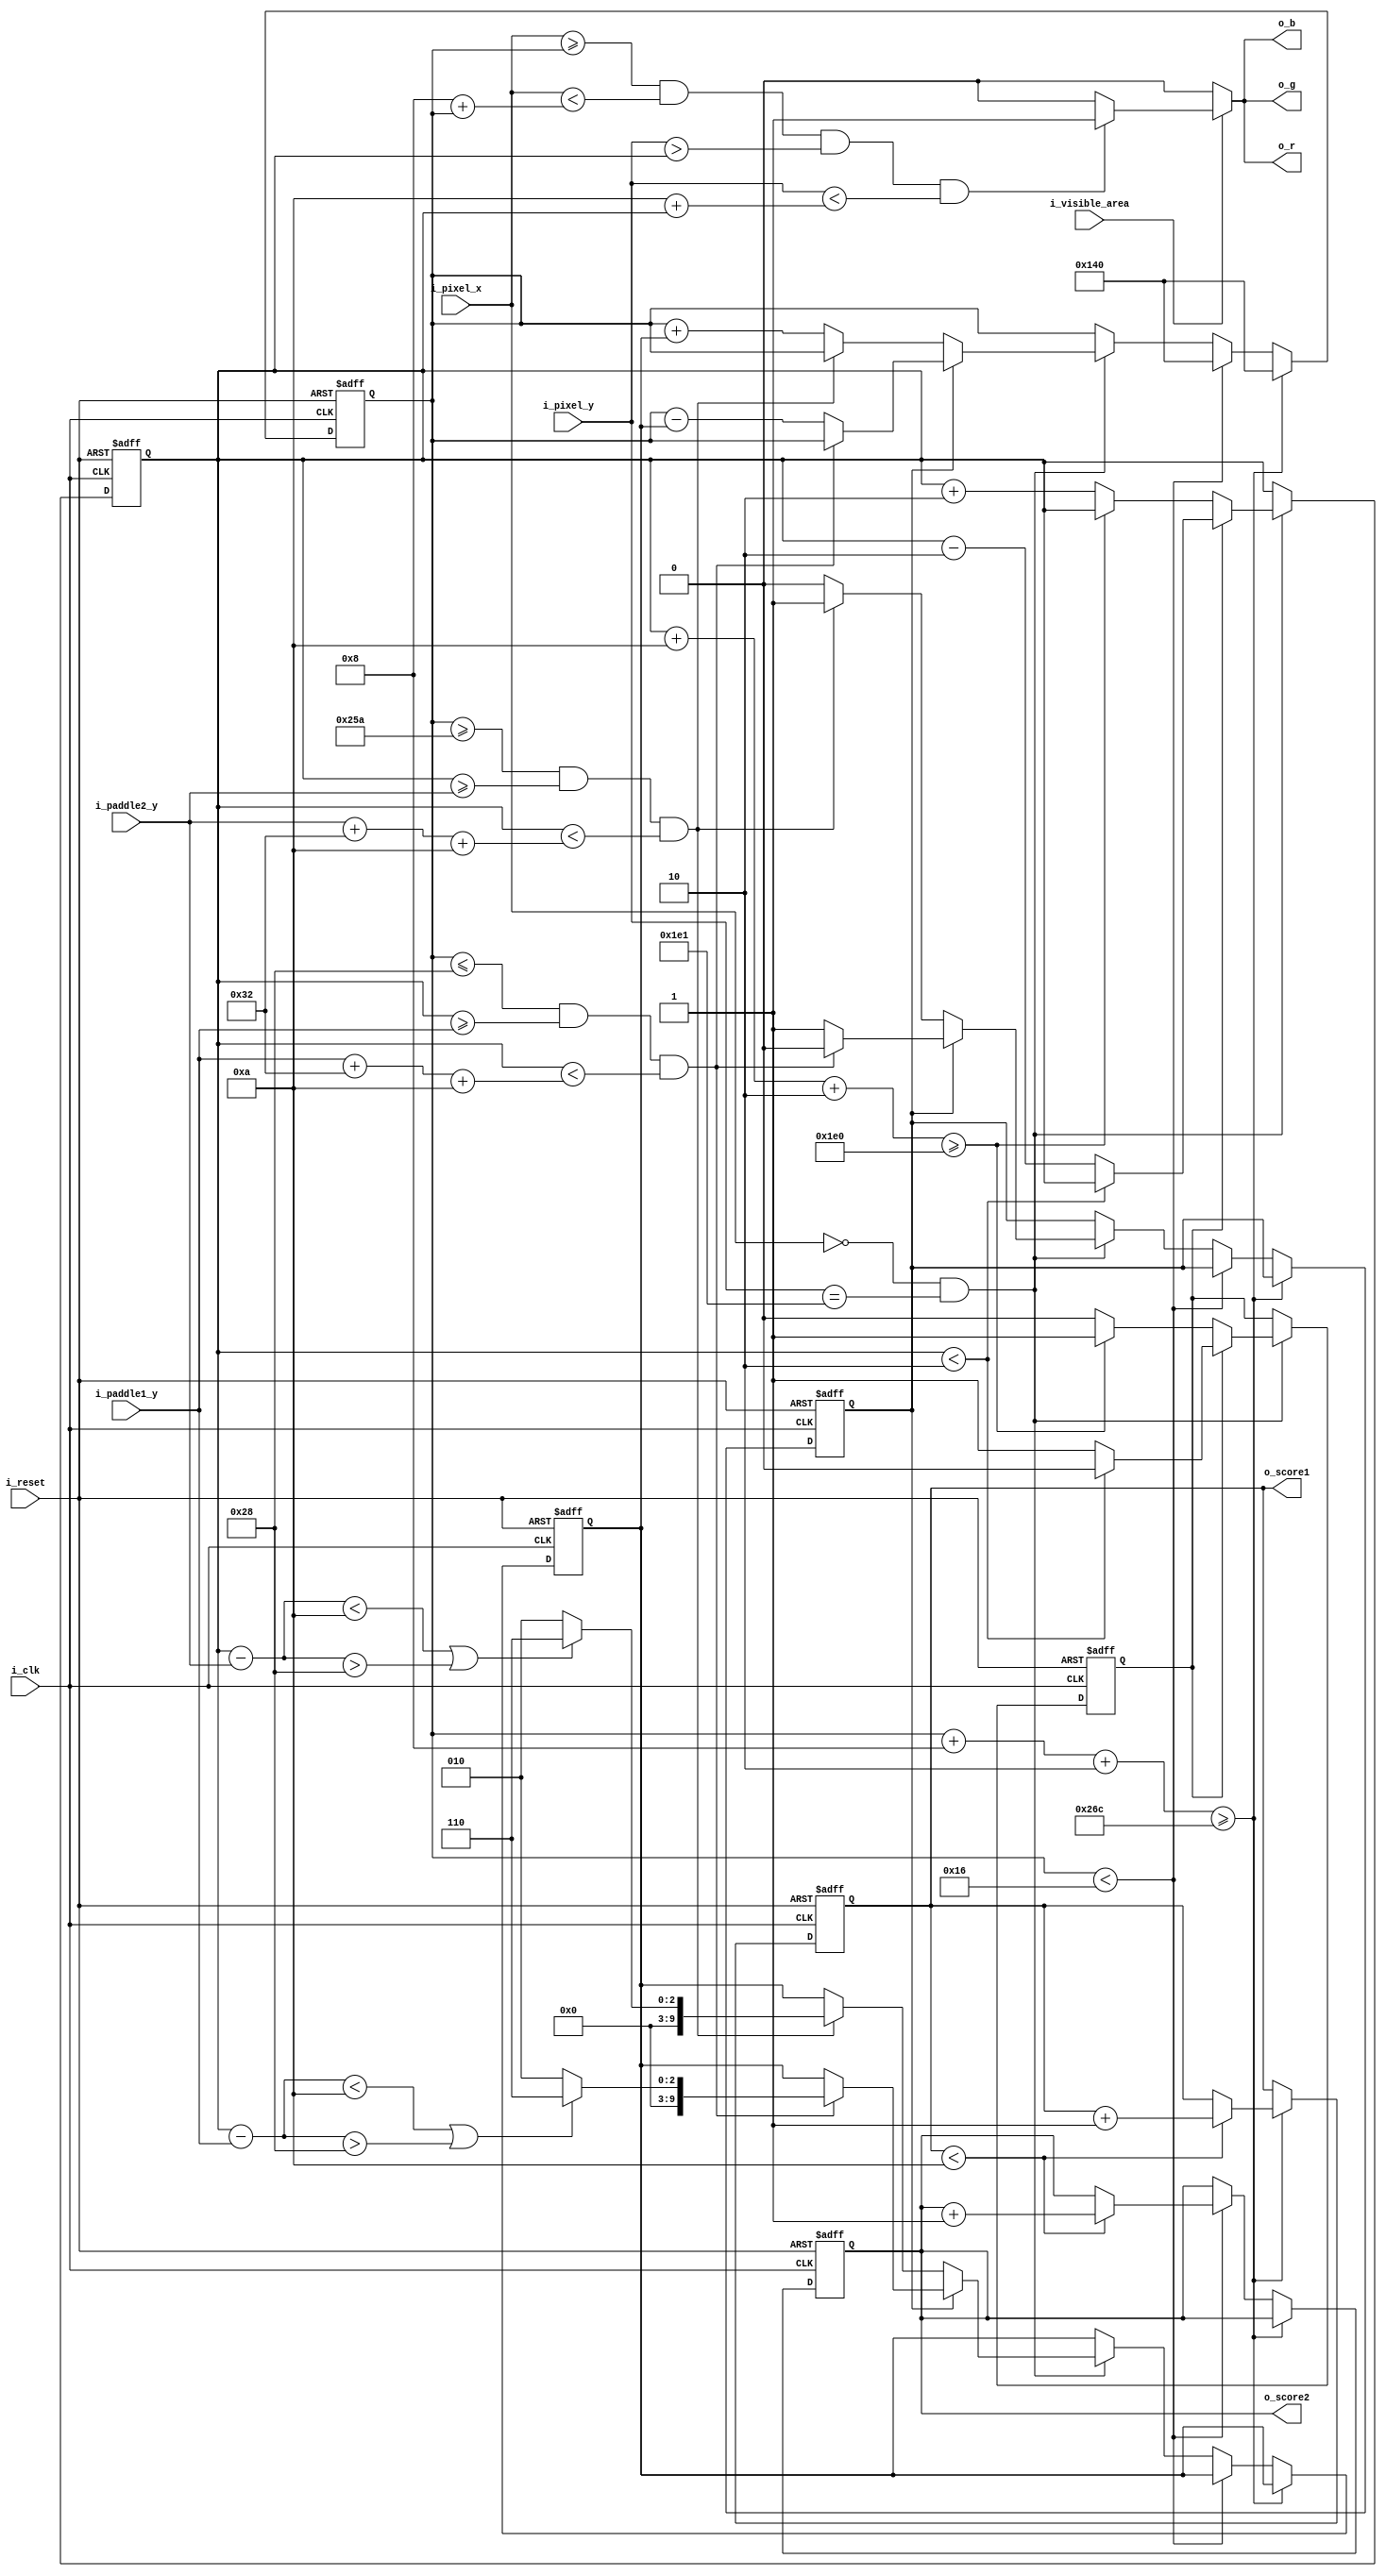
module Ball #(parameter paddle_margin = 30,
              parameter paddle_width = 10,
              parameter paddle_height = 50,
              parameter screen_width = 640,
              parameter screen_height = 480)
(input i_clk,
 input [9:0] i_pixel_x,
 input [9:0] i_pixel_y,
 input i_visible_area,
 input [9:0] i_paddle1_y,
 input [9:0] i_paddle2_y,
 input i_reset,
 
 output reg o_r,
 output reg o_g,
 output reg o_b,
 output reg [3:0] o_score1,
 output reg [3:0] o_score2
);

`define BALL_X_SIZE   10'd8
`define BALL_Y_SIZE   10'd10
`define BALL_SPEED   10'd2

`define RIGHT       1'b0
`define LEFT        1'b1
`define DOWN        1'b0
`define UP          1'b1

reg [9:0] x_pos;
reg [9:0] y_pos;
reg [9:0] x_pos_next = screen_width / 2;
reg [9:0] y_pos_next = screen_height / 2;
reg [3:0] score1_next = 0;
reg [3:0] score2_next = 0;
reg [9:0] x_delta;
reg [9:0] x_delta_next = `BALL_SPEED;
reg [9:0] hit_position_y;

reg x_dir, x_dir_next = `RIGHT;
reg y_dir, y_dir_next = `UP;

assign frame_tick = (i_pixel_x == 0) && (i_pixel_y == 481);

always @(posedge i_clk, posedge i_reset)
begin
  if (i_reset)
     begin
        x_pos <= screen_width / 2;
        y_pos <= screen_height / 2; 
        o_score1 <= 0;
        o_score2 <= 0;
        x_dir <= `RIGHT;
        y_dir <= `UP;
        x_delta <=  `BALL_SPEED;
     end   
  else
     begin
        x_pos <= x_pos_next;
        y_pos <= y_pos_next;
        o_score1 <= score1_next;
        o_score2 <= score2_next;
        x_dir <= x_dir_next;
        x_dir <= x_dir_next;
        y_dir <= y_dir_next;
        x_delta <= x_delta_next;
     end
end


// X Rebound logic
always @*
begin
    x_pos_next = x_pos;
    score1_next = o_score1;
    score2_next = o_score2;
    x_dir_next = x_dir;
    x_delta_next = x_delta;

    if ((x_pos + `BALL_X_SIZE + `BALL_SPEED) >= (screen_width - paddle_margin + paddle_width))
    begin
        x_pos_next = screen_width / 2;
        
        if (o_score1 < 4'd10)
        begin
            score1_next = o_score1 + 1;
        end

    end else if (x_pos < (`BALL_SPEED + paddle_margin - paddle_width))
    begin
        x_pos_next = screen_width / 2;

        if (o_score1 < 4'd10)
        begin
            score2_next = o_score2 + 1;
        end
    end else if (frame_tick)
        if (x_dir == `RIGHT) begin
            if (x_pos >= (screen_width - paddle_margin - `BALL_X_SIZE) && y_pos >= i_paddle2_y && y_pos < (i_paddle2_y + paddle_height + `BALL_Y_SIZE))
            begin
                x_dir_next = `LEFT;
                hit_position_y = y_pos - i_paddle2_y;

                if (hit_position_y < (paddle_height / 5) || hit_position_y > (4 * paddle_height / 5))
                    x_delta_next = 3 * `BALL_SPEED; // ball was received using an extremity of the paddle => speed up
                else
                    x_delta_next = `BALL_SPEED;
            end else
                x_pos_next = x_pos + x_delta;
        end else begin
            if (x_pos <= (paddle_margin + paddle_width) && y_pos >= i_paddle1_y && y_pos < (i_paddle1_y + paddle_height + `BALL_Y_SIZE))
            begin
                x_dir_next = `RIGHT;
                hit_position_y = y_pos - i_paddle1_y;

                if (hit_position_y < (paddle_height / 5) || hit_position_y > (4 * paddle_height / 5))
                    x_delta_next = 3 * `BALL_SPEED; // ball was received using an extremity of the paddle => speed up
                else
                    x_delta_next = `BALL_SPEED;
            end else
                x_pos_next = x_pos - x_delta;
    end
end

// Y Rebound logic
always @*
begin
    y_pos_next = y_pos;
    y_dir_next = y_dir;

    if (frame_tick)
        if (y_dir == `DOWN) begin
            if ((y_pos + `BALL_Y_SIZE + `BALL_SPEED) >= screen_height)
                y_dir_next = `UP;
            else
                y_pos_next = y_pos + `BALL_SPEED;
        end else begin
            if (y_pos < `BALL_SPEED)
                y_dir_next = `DOWN;
            else
                y_pos_next = y_pos - `BALL_SPEED;
        end
end

// Display logic
always @(i_pixel_x, i_pixel_y, x_pos, y_pos, i_visible_area)
begin
    if (i_visible_area)
    begin

        if ( i_pixel_x >= x_pos && i_pixel_x < (`BALL_X_SIZE + x_pos) 
           && i_pixel_y >  y_pos && i_pixel_y < (`BALL_Y_SIZE + y_pos))
        begin
             // White
             o_r <= 1;
             o_g <= 1;
             o_b <= 1;
        end
        else
        begin
            // Black / nothing
            o_r <= 0;
            o_g <= 0;
            o_b <= 0;
        end
    end
    else
    begin
        o_r <= 0;
        o_g <= 0;
        o_b <= 0;
    end
end

endmodule